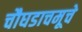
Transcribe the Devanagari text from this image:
चौघडाचमूचे